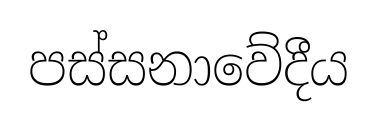
පස්සනාවේදීය